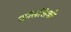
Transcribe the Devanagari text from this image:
फ्रांससिको